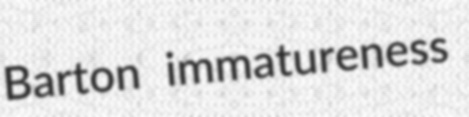
Barton immatureness